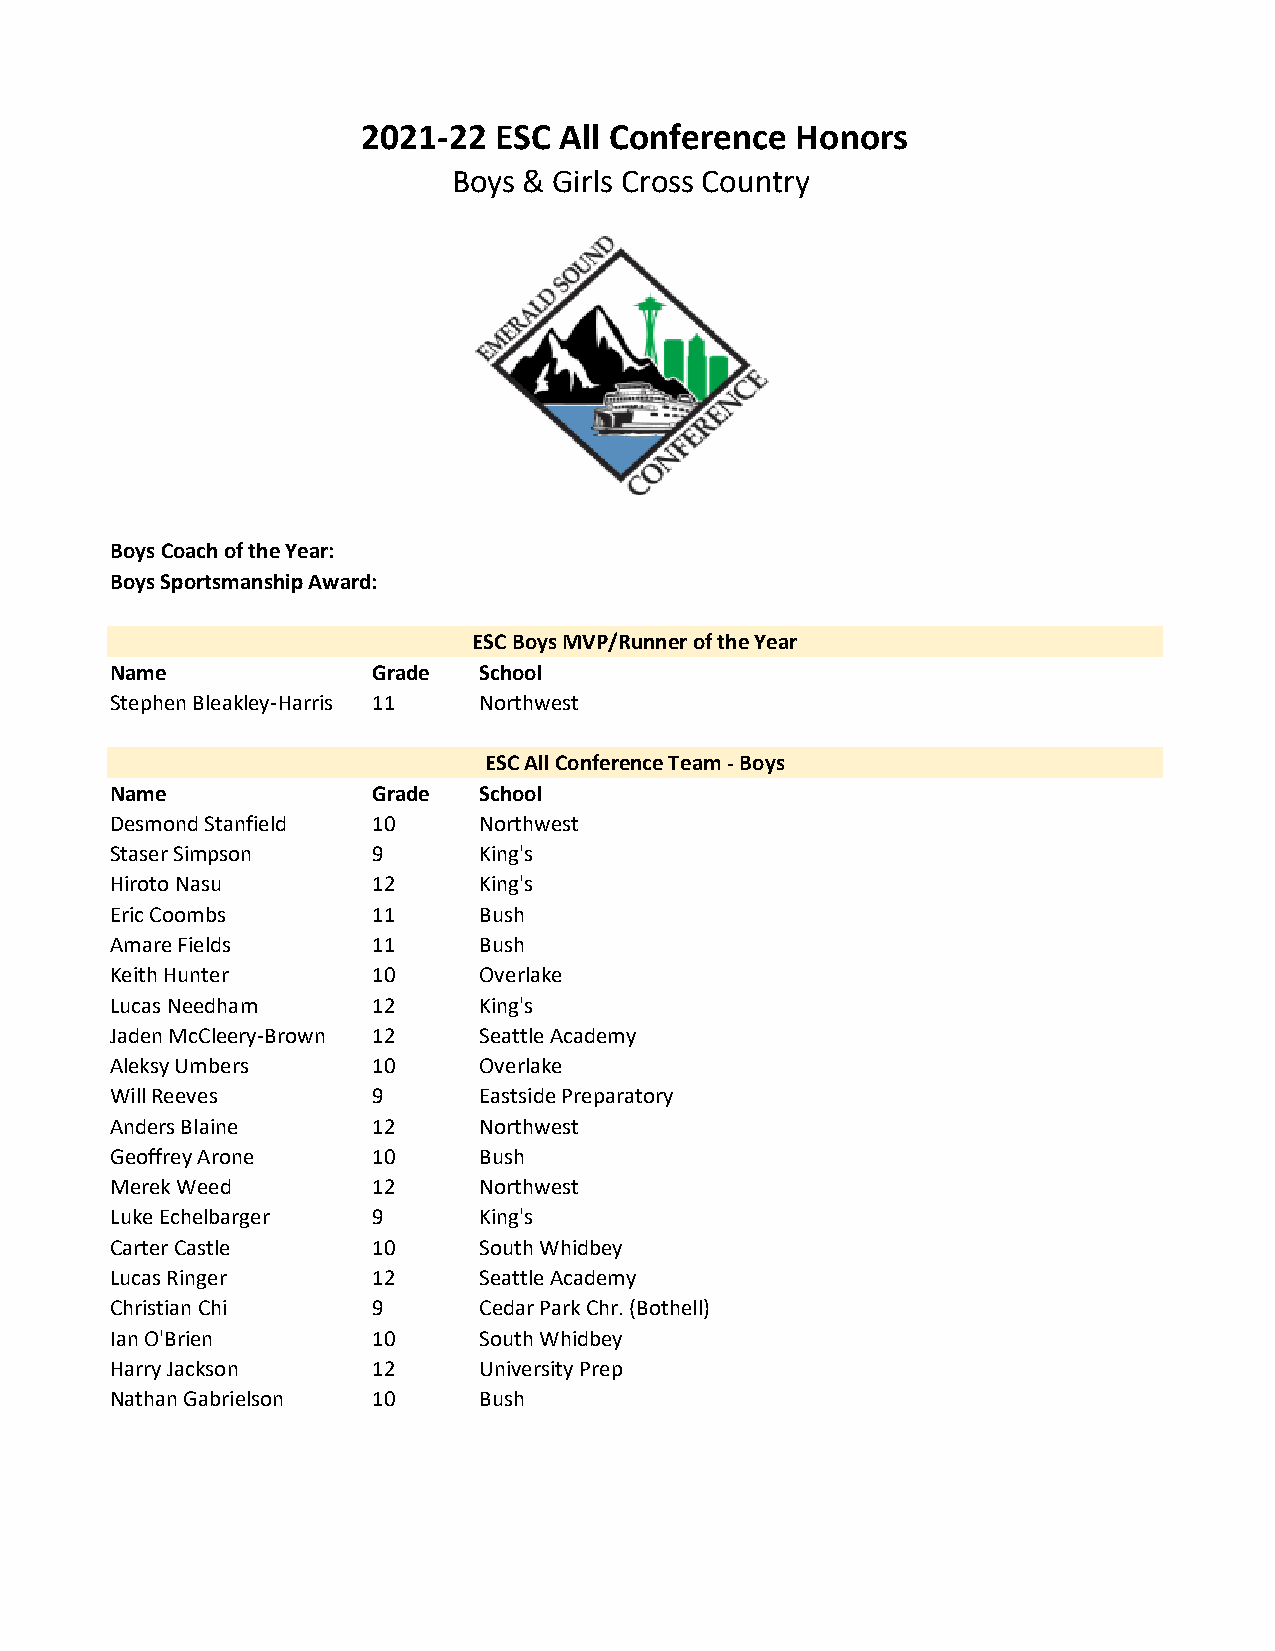
2021-22  ESC All Conference  Honors
 Boys & Girls Cross Country
 Boys Coach of the Year:
 Boys Sportsmanship Award:
 ESC Boys MVP/Runner of the Year
 Name              Grade  School
 Stephen Bleakley-Harris 11 Northwest
 ESC All Conference Team - Boys
 Name              Grade  School
 Desmond Stanfield 10     Northwest
 Staser Simpson    9      King's
 Hiroto Nasu       12     King's
 Eric Coombs       11     Bush
 Amare Fields      11     Bush
 Keith Hunter      10     Overlake
 Lucas Needham     12     King's
 Jaden McCleery-Brown 12  Seattle Academy
 Aleksy Umbers     10     Overlake
 Will Reeves       9      Eastside Preparatory
 Anders Blaine     12     Northwest
 Geoffrey Arone    10     Bush
 Merek Weed        12     Northwest
 Luke Echelbarger  9      King's
 Carter Castle     10     South Whidbey
 Lucas Ringer      12     Seattle Academy
 Christian Chi     9      Cedar Park Chr. (Bothell)
 Ian O'Brien       10     South Whidbey
 Harry Jackson     12     University Prep
 Nathan Gabrielson 10     Bush